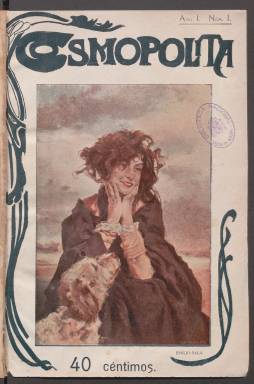
Título: Cosmopolita (Madrid)
Colección: Revistas de información general
Ámbito geográfico: Madrid
Lugar de publicación: Madrid
Fechas: 01/12/1903-30/04/1904